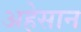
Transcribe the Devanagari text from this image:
अहेसान